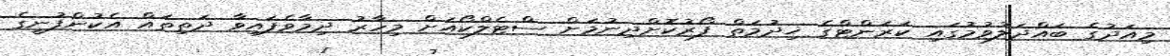
މިއަދުގެ ބައްދަލުވުމުގައި ކަރަންޓްގެ ޚިދުމަތް ފޯރުކޮށްދިނުމަށް ސްޓެލްކޯއަށް މިހާރު ދިމާވެފައިވާ ދަތިތައް އެކުންފުނީގެ